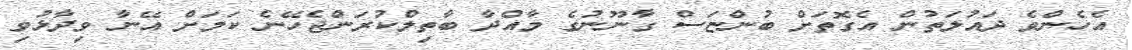
އެހެންވެ ދައުލަތުން އެގޮތަށް ބުންޏަސް ގާނޫނުގެ މާއްދާ ބާތިލްކުރަންޖެހޭނެ ކަމަށް އޭނާ ވިދާޅުވި